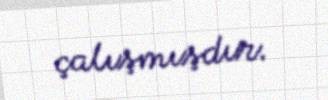
çalışmışdır.